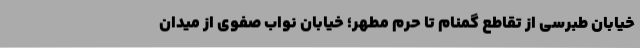
خیابان طبرسی از تقاطع گمنام تا حرم مطهر؛ خیابان نواب صفوی از میدان